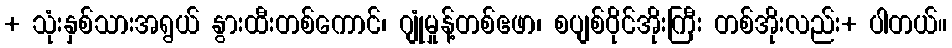
+ သုံးနှစ်သားအရွယ် နွားထီးတစ်ကောင်၊ ဂျုံမှုန့်တစ်ဧဖာ၊ စပျစ်ဝိုင်အိုးကြီး တစ်အိုးလည်း+ ပါတယ်။